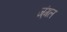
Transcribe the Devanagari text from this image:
ज्ंगल